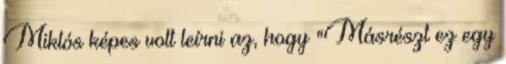
Miklós képes volt leírni az, hogy "Másrészt ez egy